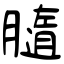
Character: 膸